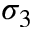
\sigma _ { 3 }